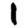
Digit: 1